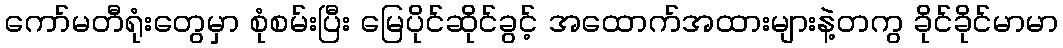
ကော်မတီရုံးတွေမှာ စုံစမ်းပြီး မြေပိုင်ဆိုင်ခွင့် အထောက်အထားများနဲ့တကွ ခိုင်ခိုင်မာမာ